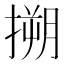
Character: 搠